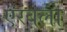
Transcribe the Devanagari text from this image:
एरंबला